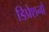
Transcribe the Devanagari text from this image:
डिप्रेशनों